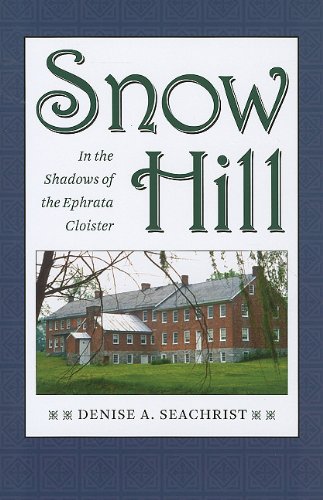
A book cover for Snow Hill: In the Shadows of the Ephrata Cloister; Denise A. Seachrist; Christian Books & Bibles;